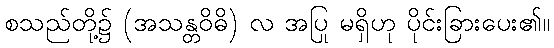
စသည်တို့၌ (အသန္တဝိဓိ) လ အပြု မရှိဟု ပိုင်းခြားပေး၏။